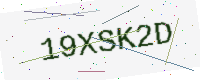
Text: 19XSK2D